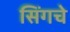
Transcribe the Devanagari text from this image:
सिंगचे